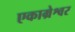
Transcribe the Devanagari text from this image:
एकाम्रेश्वर